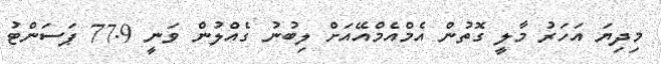
މިދިޔަ އަހަރު މާލީ ގޮތުން އެމްއެމްއޭއަށް ލިބުނު ގެއްލުން ވަނީ 77.9 ޕަސަންޓު